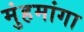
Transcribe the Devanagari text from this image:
मुंहमांगा